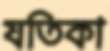
যতিকা